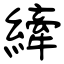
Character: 縴